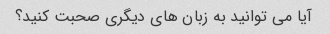
آیا می توانید به زبان های دیگری صحبت کنید؟